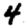
Digit: 4